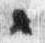
々